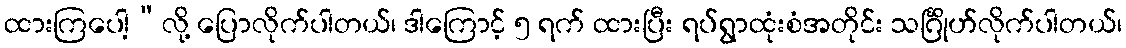
ထားကြပေါ့”လို့ ပြောလိုက်ပါတယ်၊ ဒါကြောင့် ၅ ရက် ထားပြီး ရပ်ရွာထုံးစံအတိုင်း သင်္ဂြိုဟ်လိုက်ပါတယ်၊